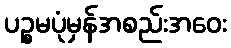
ပဉ္စမပုံမှန်အစည်းအဝေး